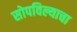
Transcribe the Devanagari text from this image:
सोपविल्याचा